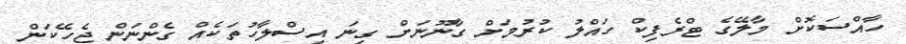
ހާއްސަކޮށް މާލޭގެ ޓްރެފިކް ހައްލު ކުރުމަށް ގާނޫނަށް ގިނަ އިސްލާހުތަކެއް ގެންނަން ޖެހޭކަން